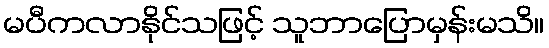
မပီကလာနိုင်သဖြင့် သူဘာပြောမှန်းမသိ။